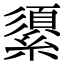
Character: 𦅓